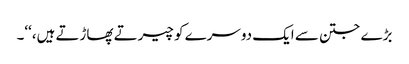
بڑے جتن سے ایک دوسرے کو چیرتے پھاڑتے ہیں،‘‘۔